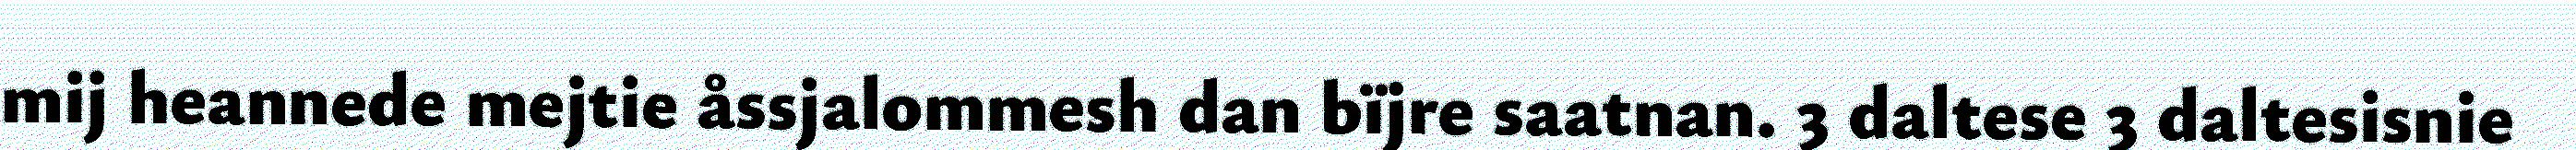
mij heannede mejtie åssjalommesh dan bïjre saatnan. 3 daltese 3 daltesisnie